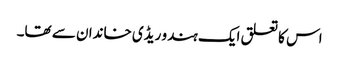
اس کا تعلق ایک ہندو ریڈی خاندان سے تھا۔